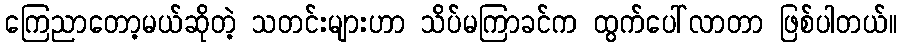
ကြေညာတော့မယ်ဆိုတဲ့ သတင်းများဟာ သိပ်မကြာခင်က ထွက်ပေါ်လာတာ ဖြစ်ပါတယ်။